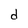
Character: d